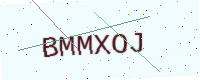
Text: BMMXOJ